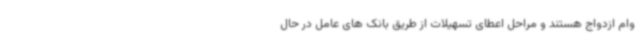
وام ازدواج هستند و مراحل اعطای تسهیلات از طریق بانک های عامل در حال